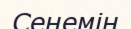
Сенемін